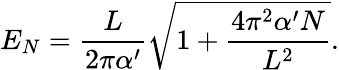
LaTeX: E_{N}=\frac{L}{2\pi\alpha^{\prime}}\sqrt{1+\frac{4\pi^{2}\alpha^{\prime}N}{L^{2}}}.